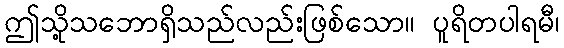
ဤသို့သဘောရှိသည်လည်းဖြစ်သော။ ပူရိတပါရမီ၊